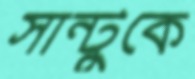
সান্টুকে